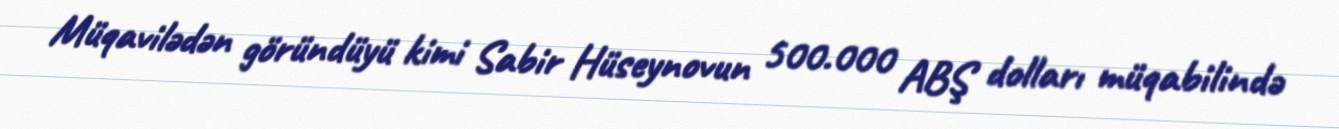
Müqavilədən göründüyü kimi Sabir Hüseynovun 500.000 ABŞ dolları müqabilində